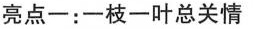
亮点一:一枝一叶总关情